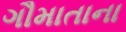
ગૌમાતાના